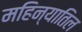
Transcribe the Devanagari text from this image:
महिन्यातिल